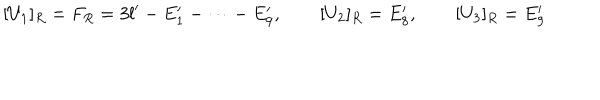
[ U _ { 1 } ] _ { R } = F _ { R } = 3 l ^ { \prime } - E _ { 1 } ^ { \prime } - \dots - E _ { 9 } ^ { \prime } , \qquad [ U _ { 2 } ] _ { R } = E _ { 8 } ^ { \prime } , \qquad [ U _ { 3 } ] _ { R } = E _ { 9 } ^ { \prime }